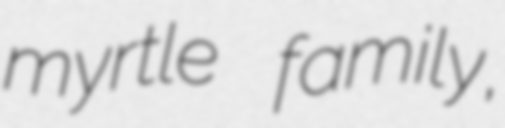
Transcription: myrtle family,